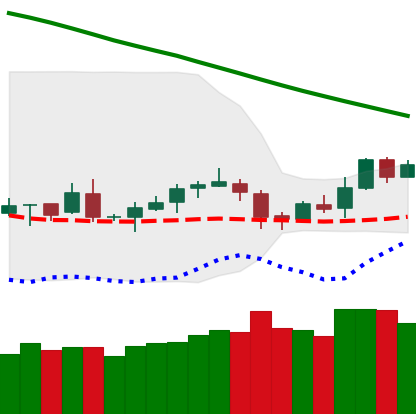
Ticker: LTC-USD
Chart end date: 2019-02-04
Forward return: 31.317%
Label: up_7plus